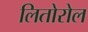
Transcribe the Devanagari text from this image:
लितोरोल